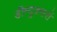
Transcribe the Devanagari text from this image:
डीम्युक्सरों